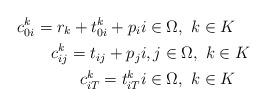
LaTeX: \begin{align*}c_{0i}^k = r_k + t_{0i}^k + p_i & i \in \Omega,~k \in K\\c_{ij}^k = t_{ij} + p_j & i,j \in \Omega,~k \in K\\c_{iT}^k = t_{iT}^k & i \in \Omega,~k \in K\end{align*}